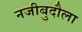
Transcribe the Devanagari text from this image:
नजीबुदौला